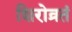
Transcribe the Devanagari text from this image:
शिरोव्रतं